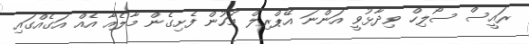
ރައީސް ސޯލިހް ވިދާޅުވީ އަންނަ އޭޕްރިލް މަހުން ފެށިގެން މާލެއާ އެއް އަގެއްގައި